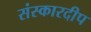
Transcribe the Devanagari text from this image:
संस्कारदीप